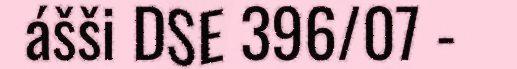
ášši DSE 396/07 -